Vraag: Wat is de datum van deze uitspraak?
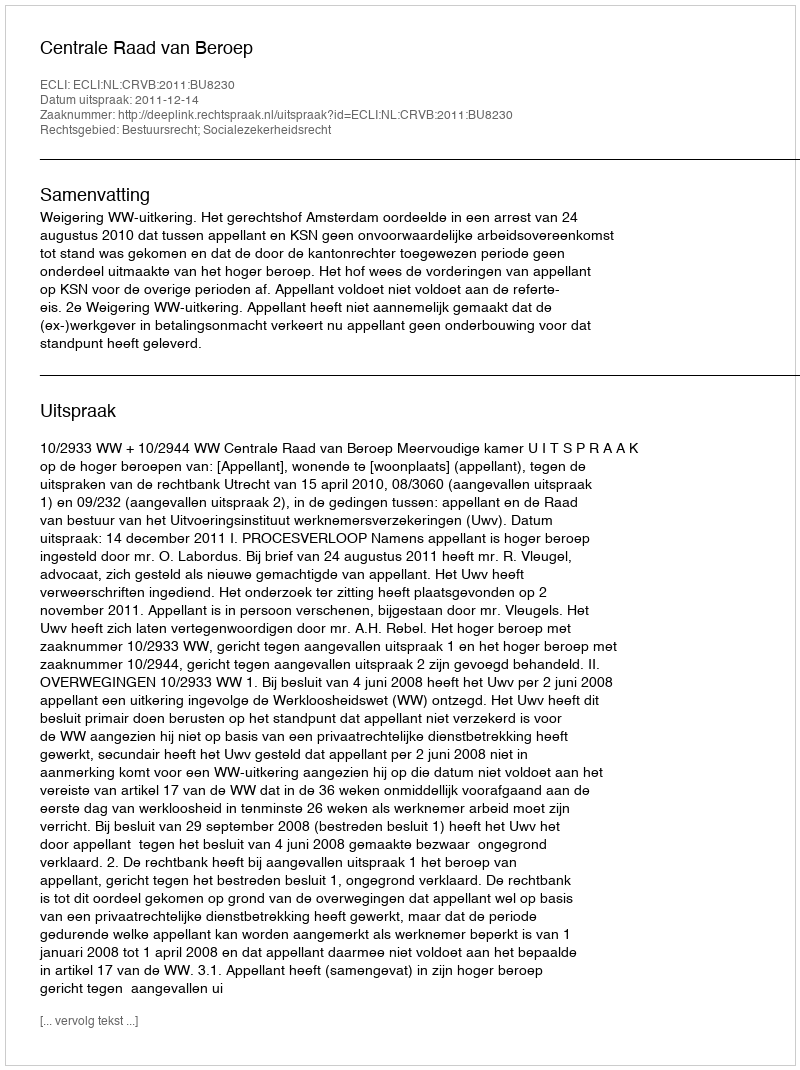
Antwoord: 2011-12-14